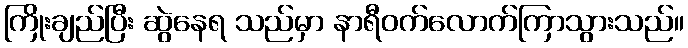
ကြိုးချည်ပြီး ဆွဲနေရ သည်မှာ နာရီဝက်လောက်ကြာသွားသည်။